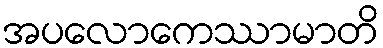
အပလောကေဿာမာတိ